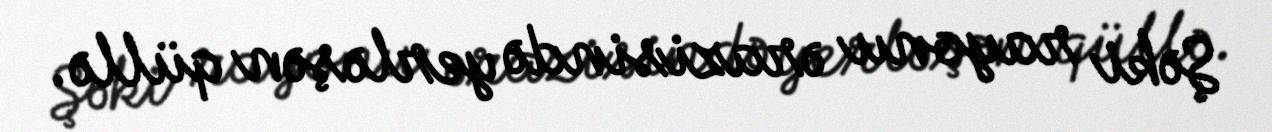
Şəki rayonu ərazisində yerləşən qüllə.